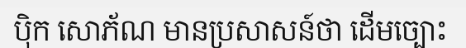
ប៉ិក សោភ័ណ មានប្រសាសន៍ថា ដើមច្បោះ